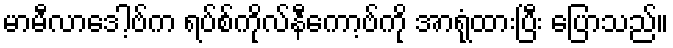
မာမီလာဒေါ့ဗ်က ရပ်စ်ကိုလ်နီကော့ဗ်ကို အာရုံထားပြီး ပြောသည်။